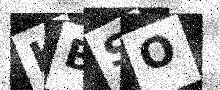
Text: KBSO